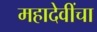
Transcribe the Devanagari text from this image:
महादेवींचा